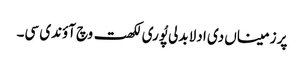
پر زمیناں دی ادلا بدلی پُوری لکھت وچ آؤندی سی۔